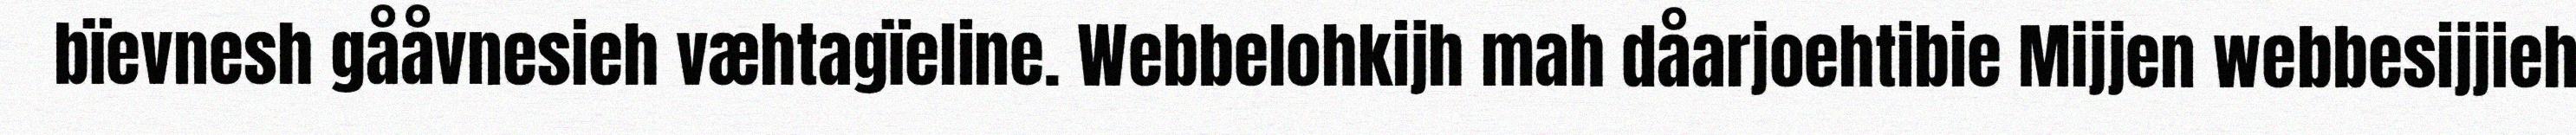
bïevnesh gååvnesieh væhtagïeline. Webbelohkijh mah dåarjoehtibie Mijjen webbesijjieh